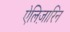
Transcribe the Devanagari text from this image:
ऐलिज़ारिन